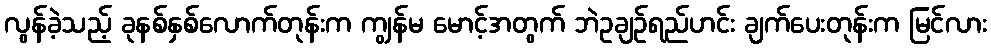
လွန်ခဲ့သည့် ခုနစ်နှစ်လောက်တုန်းက ကျွန်မ မောင့်အတွက် ဘဲဥချဉ်ရည်ဟင်း ချက်ပေးတုန်းက မြင်လား